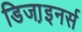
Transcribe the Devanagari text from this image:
डिजा़इनर्स